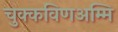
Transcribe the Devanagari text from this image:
चुक्कविणअम्मि